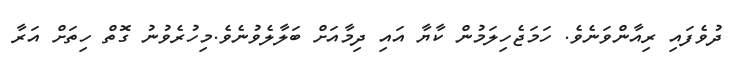
ދުވެފައި ރިއާންވަނެވެ. ހަމަޖެހިލަމުން ކާޔާ އައި ދިމާއަށް ބަލާލެވުނެވެ.މިހުރެވުނު ގޮތް ހިތަށް އަރާ